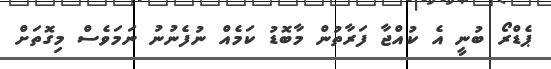
ޕެޑްރޯ ބުނީ އެ ކުއްޖާ ފަރާތުން މާބޮޑު ކަމެއް ނުފެނުނު ނަމަވެސް މިގޮތަށް